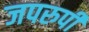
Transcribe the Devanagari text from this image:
जपरुपी